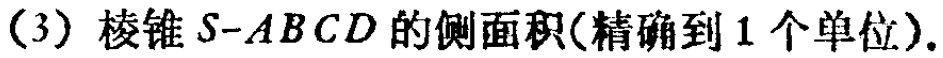
(3) 棱锥 \(S - ABCD\) 的侧面积(精确到 1 个单位).